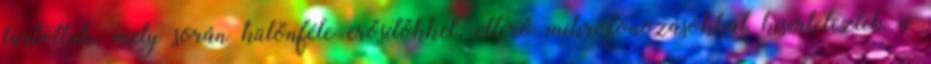
tartottak, mely során különféle erősítőkkel, eltérő mikrofonozásokkal kísérleteztek a